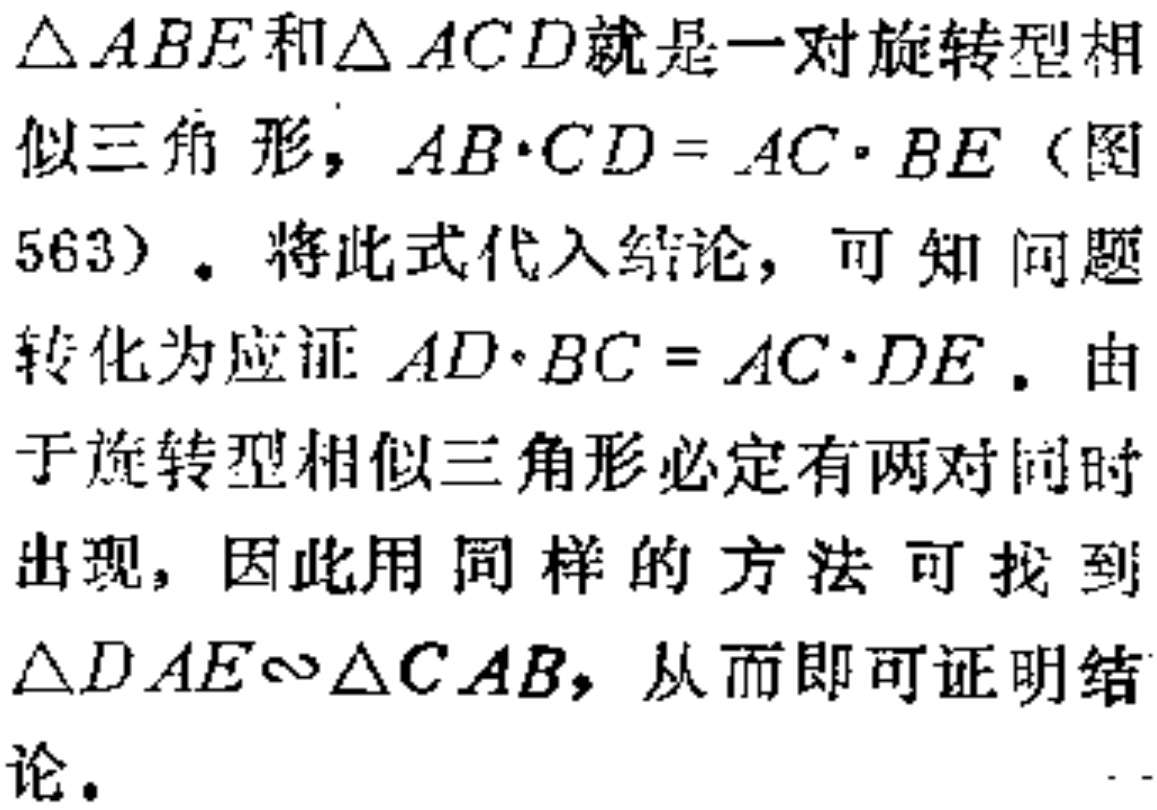
$\triangle ABE$和$\triangle ACD$就是一对旋转型相似三角形，$AB\cdot CD = AC\cdot BE$（图563）。将此式代入结论，可知问题转化为应证$AD\cdot BC = AC\cdot DE$。由于旋转型相似三角形必定有两对同时出现，因此用同样的方法可找到$\triangle DAE\sim\triangle CAB$，从而即可证明结论。